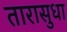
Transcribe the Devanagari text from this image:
तारासुधा